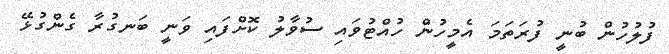
ފުލުހުން ބުނީ ފުރަތަމަ އެމީހުން ހުއްޓުވައި ސުވާލު ކޮށްފައި ވަނީ ބަނގުރާ ގެންގުޅޭ